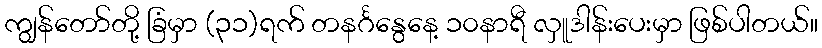
ကျွန်တော်တို့ ခြံမှာ (၃၁)ရက် တနင်္ဂနွေနေ့ ၁၀နာရီ လှူဒါန်းပေးမှာ ဖြစ်ပါတယ်။